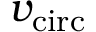
v _ { \mathrm { c i r c } }